Document type: Recognition
Year: 1437
Scribe: Pere Ponçgem
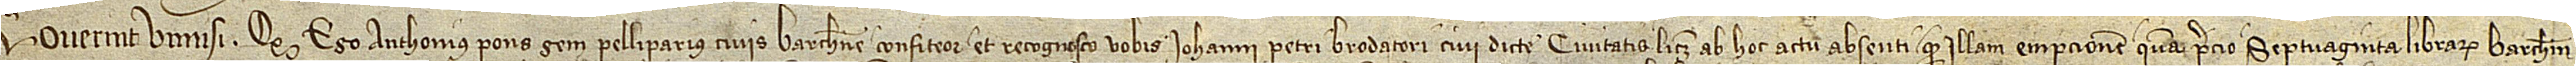
Noverint universi quod ego Anthonius Ponsgem, pelliparius, civis Barchinone, confiteor et recognosco vobis Iohannis Petri, brodatori, civi dicte civitatis, licet ab hoc actu absenti, quod illam empcionem quam precio septuaginta librarum barchinonensium